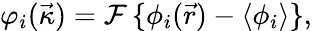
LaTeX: \varphi_{i}(\vec{\kappa})=\mathcal{F}\, \{ \phi_{i}(\vec{r})-\langle\phi_{i}\rangle\} ,